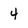
Character: 4